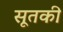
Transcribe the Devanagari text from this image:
सूतकी